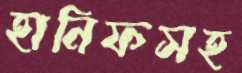
হানিফসহ